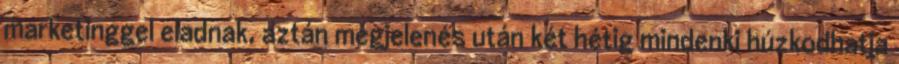
marketinggel eladnak, aztán megjelenés után két hétig mindenki húzkodhatja